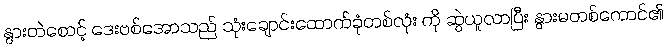
နွားတဲစောင့် ဒေးဗစ်အောသည် သုံးချောင်းထောက်ခုံတစ်လုံး ကို ဆွဲယူလာပြီး နွားမတစ်ကောင်၏